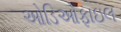
ઓડિઓફાઇલ